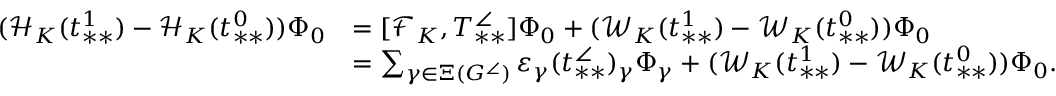
\begin{array} { r l } { ( \mathcal { H } _ { K } ( t _ { * * } ^ { 1 } ) - \mathcal { H } _ { K } ( t _ { * * } ^ { 0 } ) ) \Phi _ { 0 } } & { = [ \mathcal { F } _ { K } , T _ { * * } ^ { \angle } ] \Phi _ { 0 } + ( \mathcal { W } _ { K } ( t _ { * * } ^ { 1 } ) - \mathcal { W } _ { K } ( t _ { * * } ^ { 0 } ) ) \Phi _ { 0 } } \\ & { = \sum _ { \gamma \in \Xi ( G ^ { \angle } ) } \varepsilon _ { \gamma } ( t _ { * * } ^ { \angle } ) _ { \gamma } \Phi _ { \gamma } + ( \mathcal { W } _ { K } ( t _ { * * } ^ { 1 } ) - \mathcal { W } _ { K } ( t _ { * * } ^ { 0 } ) ) \Phi _ { 0 } . } \end{array}